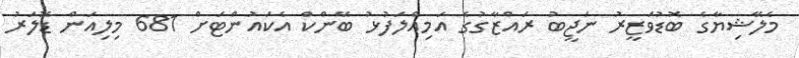
މެލޭޝިޔާގެ ބޮޑުވަޒީރު ނަޖީބު ރައްޒާގުގެ އަމިއްލަފުޅު ބޭންކް އެކައުންޓަށް 681 މިލިއަން ޑޮލަރު